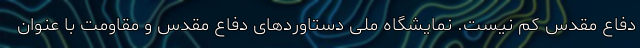
دفاع مقدس کم نیست. نمایشگاه ملی دستاوردهای دفاع مقدس و مقاومت با عنوان